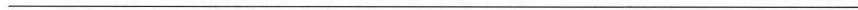
___